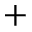
^ +